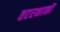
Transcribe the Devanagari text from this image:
तटरक्षाकों